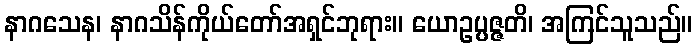
နာဂသေန၊ နာဂသိန်ကိုယ်တော်အရှင်ဘုရား။ ယောဥပ္ပဇ္ဇတိ၊ အကြင်သူသည်။